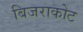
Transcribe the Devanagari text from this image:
बिजराकोट